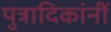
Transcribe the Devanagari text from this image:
पुत्रादिकांनीं